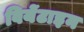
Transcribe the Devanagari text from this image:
वियेंटाइन